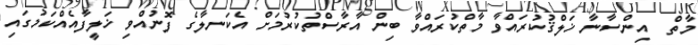
މާތް  އިންސާނާ ޚަލްޤުކުރައްވާ މާތްކުރައްވާ ބިން އާރާސްތުކުރުމަށް އެކަނލާގެ ފޮނުއްވި ޚަލީފާއެއްކަމުގައި